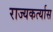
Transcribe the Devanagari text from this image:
राज्यकर्त्यास